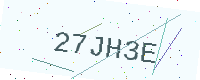
Text: 27JH3E